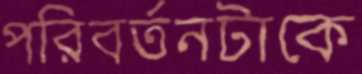
পরিবর্তনটাকে